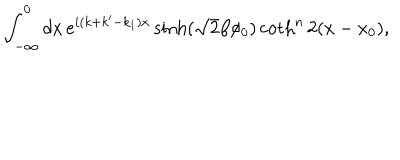
\int _ { - \infty } ^ { 0 } d x \, e ^ { i ( k + k ^ { \prime } - k _ { 1 } ) x } \sinh ( \sqrt { 2 } \beta \phi _ { 0 } ) \coth ^ { n } 2 ( x - x _ { 0 } ) ,